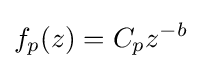
f_{p}{(z)}=C_{p}z^{-b}